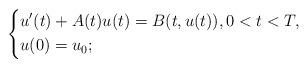
LaTeX: \begin{align*}\left \{\begin{aligned} &u' (t) + A(t)u(t)=B(t,u(t)), 0<t<T,\\&u(0)=u_0;\end{aligned}\right .\end{align*}